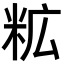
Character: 𮇋